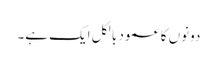
دونوں کا عمود بالکل ایک ہے۔